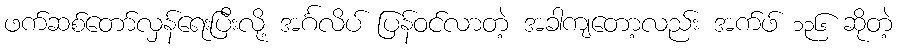
ဖက်ဆစ်တော်လှန်ရေးပြီးလို့ အင်္ဂလိပ် ပြန်ဝင်လာတဲ့ အခါကျတော့လည်း အက်ဖ် ၁၃၆ ဆိုတဲ့